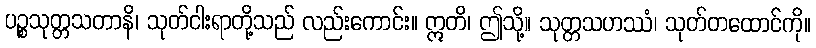
ပဉ္စသုတ္တသတာနိ၊ သုတ်ငါးရာတို့သည် လည်းကောင်း။ ဣတိ၊ ဤသို့။ သုတ္တသဟဿံ၊ သုတ်တထောင်ကို။